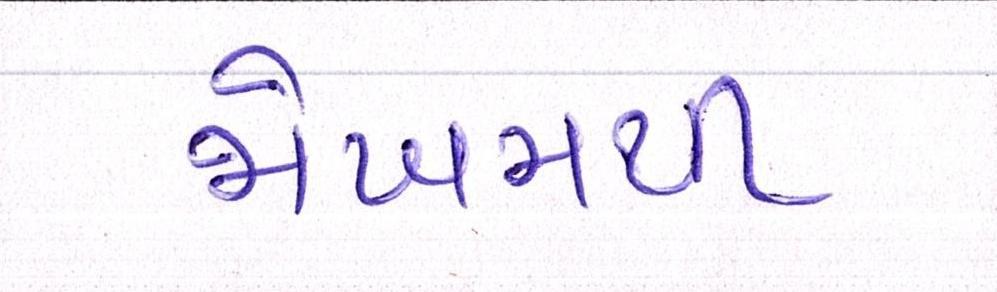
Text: જોખમથી